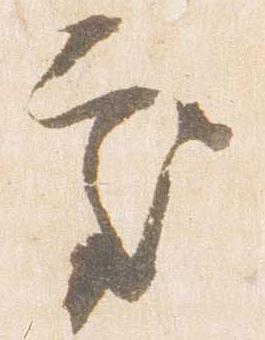
処